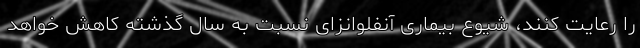
را رعایت کنند، شیوع بیماری آنفلوانزای نسبت به سال گذشته کاهش خواهد